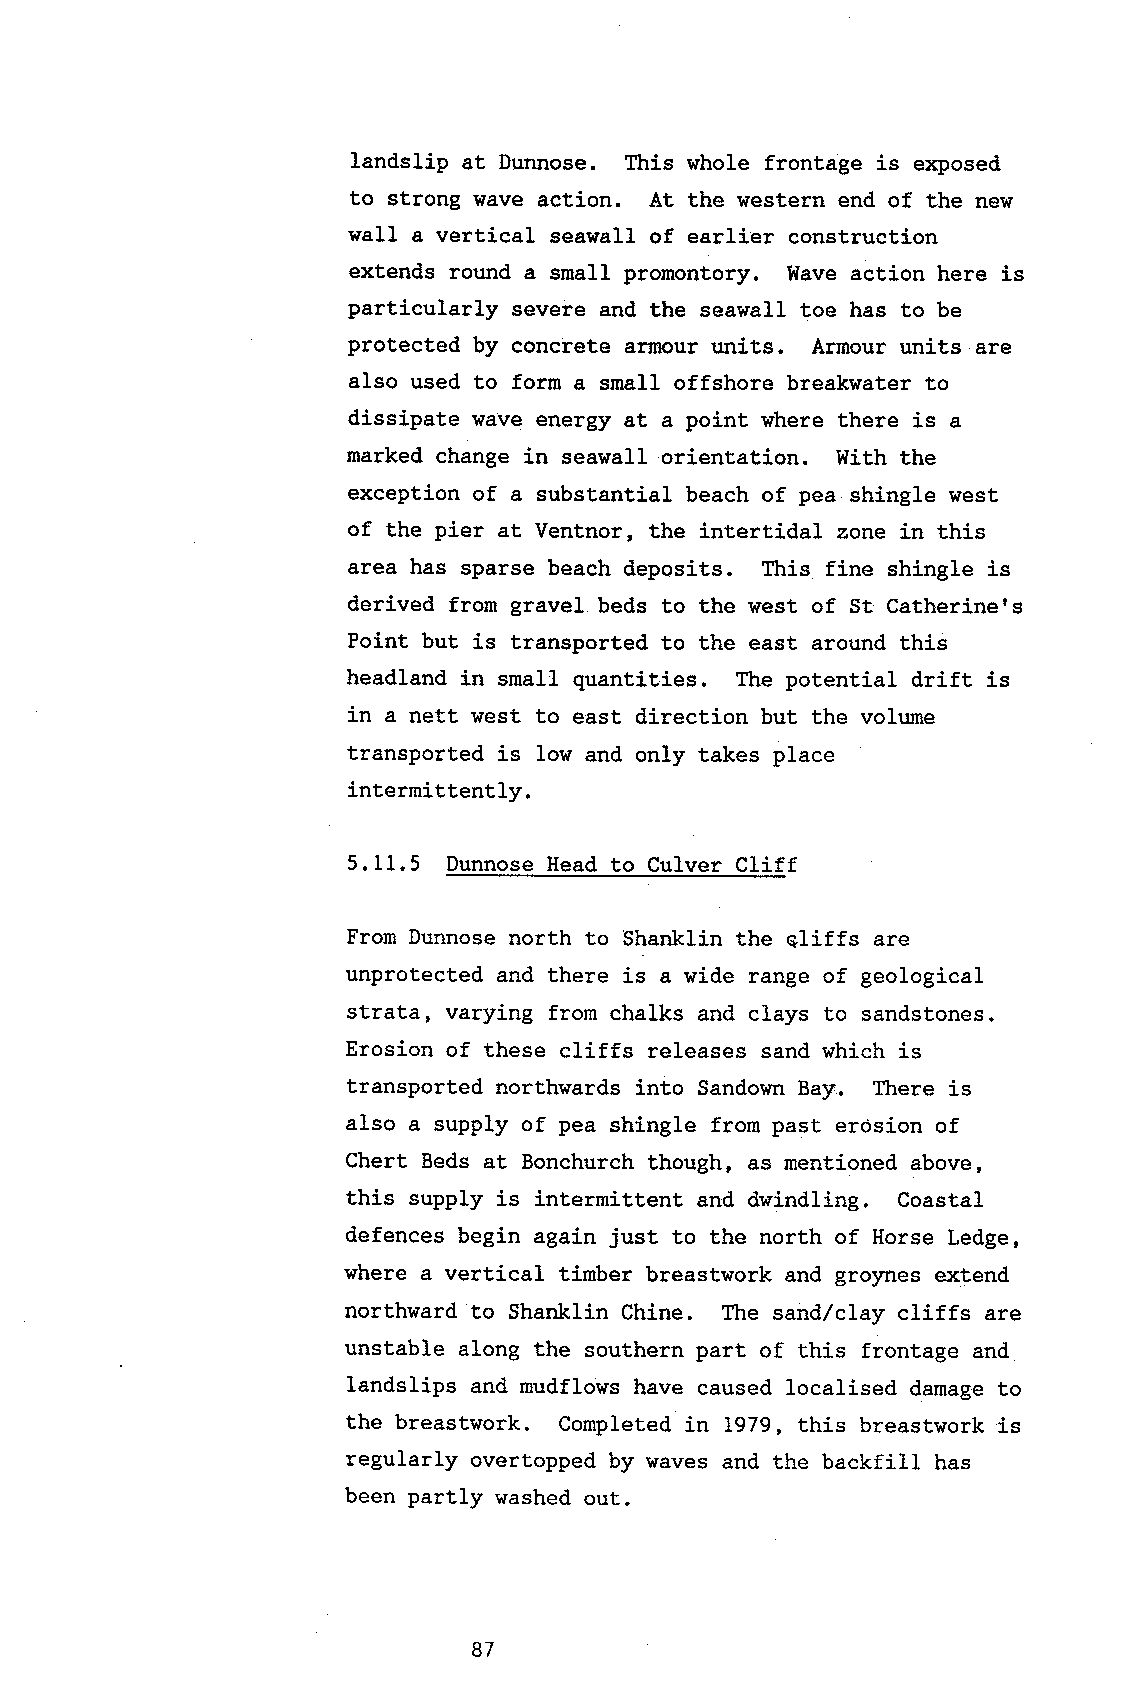
landslip at Dunnose. Ttris whole frontage is exposed
 to strong wave action. At the western end of the new
 wall a vertical seawall of earlier construction
 extends round a small promontory. Wave action here is
 particularly severe and the seawall toe has to be
 protected by concrete armour units. Armour units are
 also used to form a small offshore breakwater to
 dissipate lrave energy at a point where there is a
 marked change in seawall orientation. With the
 exception of a substantial beach of pea shingle west
 of the pier at Ventnor, the intertidal zone in this
 area has sparse beach deposits. This fine shingle is
 derived from gravel beds to the west of St Catherine's
 Point but is transported to the east around this
 beadland in small quantities. The potential drift is
 in a nett west to east direction but the volume
 transporLed is low and only takes place
 intermittently.
 5.11.5 DunnoseH ead to Culver Cliff
 From Dunnose north to Shanklin the qliffs are
 unprotected and there is a wide range of geological
 strata, varying from chalks and clays t,o sandstones.
 Erosion of these cliffs releases sand which is
 transported northwards into Sandown Ba5r. There is
 also a supply of pea shingle from past erosion of
 Chert Beds at Bonchurch though, as mentioned. above,
 this supply is internittent and dwindling. Coastal
 defences begin again just to the north of Horse Ledge,
 where a vertical timber breastwork and gro)mes extend
 northward to Shanklin Chine. The sand/clay cliffs are
 unstable along the southern part of this frontage and
 landslips and mudflows have caused localised darnage to
 the breastwork. Completed in 1979, this breastwork is
 regularly overtopped by waves and the backfill has
 been partly washed out.
 87